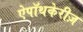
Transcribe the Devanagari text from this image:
ऐपॉथकेरीज़